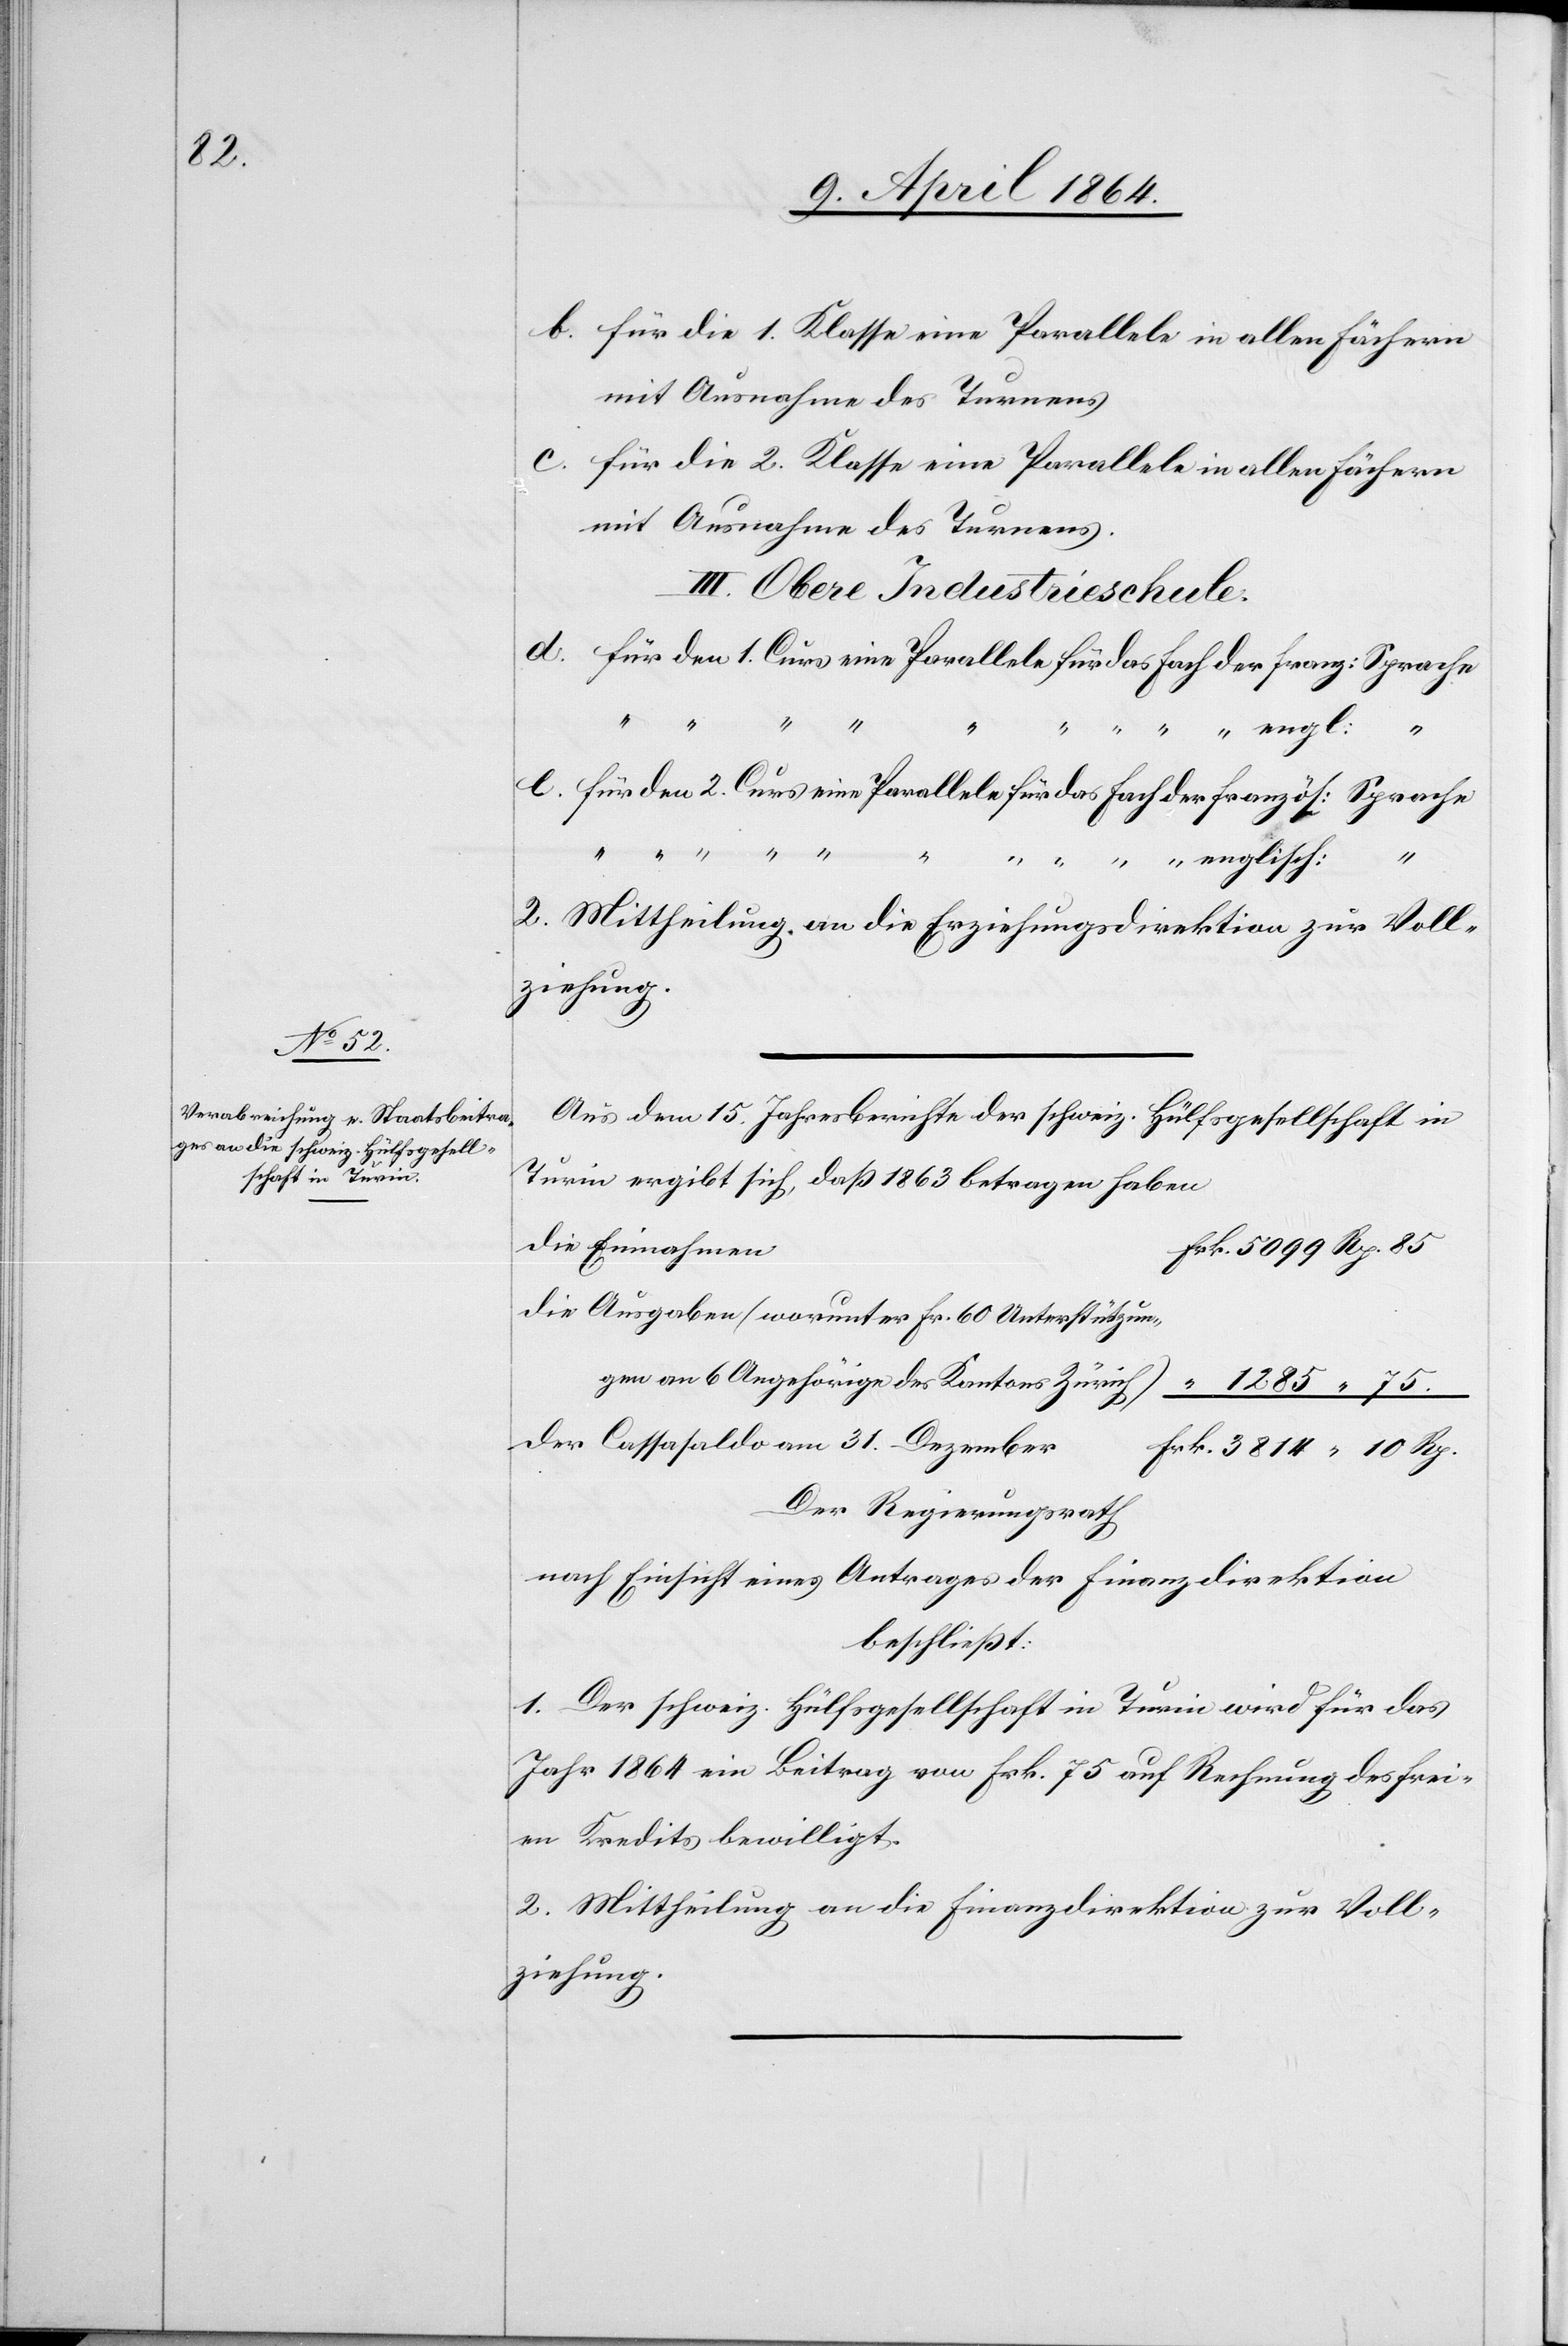
2.
b. für die 1. Klasse eine Parallele in allen Fächern
mit Ausnahme des Turnens
c. für die 2. Klasse eine Parallele in allen Fächern
mit Ausnahme des Turnens.
III. Obere Industrieschule:
31.
englisch:
2. Mittheilung an die Erziehungsdirektion zur Voll¬
ziehung.
Aus dem 15. Jahresbericht der schweiz. Hülfsgesellschaft in
Turin ergibt sich, daß 1863 betragen haben
die Ausgaben (worunter Fr. 60 Unterstützun¬
gen an 6 Angehörige des Kantons Zürich)						 “ 1285 “ 75.
Der Regierungsrath
nach Einsicht eines Antrages der Finanzdirektion
beschließt:
1. Der schweiz. Hülfsgesellschaft in Turin wird für das
Jahr 1864 ein Beitrag von Frk. 75 auf Rechnung des frei¬
en Kredits bewilligt.
2. Mittheilung an die Finanzdirektion zur Voll¬
ziehung.